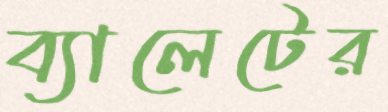
ব্যালেটের